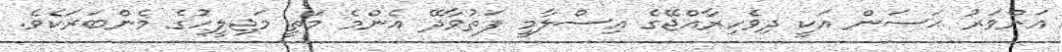
އަންވަރު ޙަސަން އަކީ ދިވެހިރާއްޖޭގެ އިސްލާމީ ފަތުވާދޭ އެންމެ މަތީ މަޖިލީހުގެ މެންބަރަކެވެ.